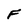
Character: F